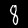
Digit: 8